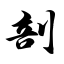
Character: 剖